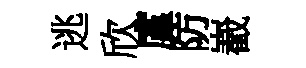
逃欣廑防嶻